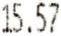
15.57